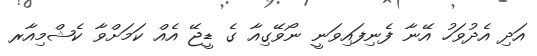
އަދި އެދުވަހު އޭނާ ފެނިފައިވަނީ ނޯވޭގިއާ ގެ ޑީޖޭ އެއް ކަމަށްވާ ކެޝްމިއާރ